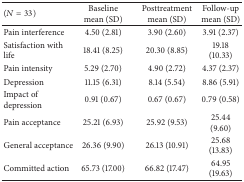
<table><thead><tr><td><b>(<i>N</i> = 33)</b></td><td><b>Baseline mean (SD)</b></td><td><b>Posttreatment mean (SD)</b></td><td><b>Follow-up mean (SD) </b></td></tr></thead><tbody><tr><td>Pain interference</td><td>4.50 (2.81)</td><td>3.90 (2.60)</td><td>3.91 (2.37)</td></tr><tr><td>Satisfaction with life</td><td>18.41 (8.25)</td><td>20.30 (8.85)</td><td>19.18 (10.33)</td></tr><tr><td>Pain intensity</td><td>5.29 (2.70)</td><td>4.90 (2.72)</td><td>4.37 (2.37)</td></tr><tr><td>Depression</td><td>11.15 (6.31)</td><td>8.14 (5.54)</td><td>8.86 (5.91)</td></tr><tr><td>Impact of depression</td><td>0.91 (0.67)</td><td>0.67 (0.67)</td><td>0.79 (0.58)</td></tr><tr><td>Pain acceptance</td><td>25.21 (6.93)</td><td>25.92 (9.53)</td><td>25.44 (9.60)</td></tr><tr><td>General acceptance</td><td>26.36 (9.90)</td><td>26.13 (10.91)</td><td>25.68 (13.83)</td></tr><tr><td>Committed action</td><td>65.73 (17.00)</td><td>66.82 (17.47)</td><td>64.95 (19.63)</td></tr></tbody></table>